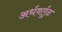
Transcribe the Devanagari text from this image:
अर्धवर्तुळ